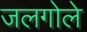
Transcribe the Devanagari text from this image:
जलगोले